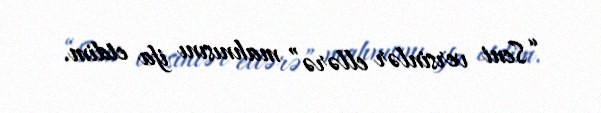
“Seni versinlər ellərə” mahnısını ifa etdim.